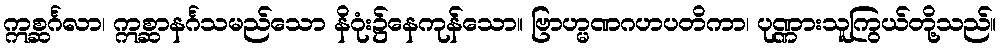
ဣစ္ဆင်္ဂလာ၊ ဣစ္ဆာနင်္ဂသမည်သော နိဂုံး၌နေကုန်သော။ ဗြာဟ္မဏဂဟပတိကာ၊ ပုဏ္ဏားသူကြွယ်တို့သည်။